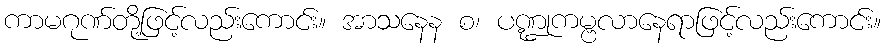
ကာမဂုဏ်တို့ဖြင့်လည်းကောင်း။ အာသနေန စ၊ ပဏ္ဍုကမ္ဗလာနေရာဖြင့်လည်းကောင်း။